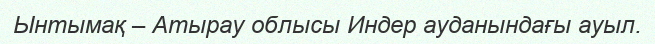
Ынтымақ – Атырау облысы Индер ауданындағы ауыл.